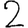
Digit: 2